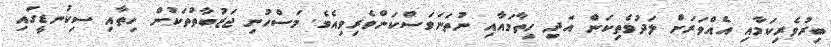
ބިރުވެރިކަމާއި އެއްވަރަށް ލަދުވެތިކަން އަދި ހިތާމައާއި ނުތަނަވަސްކަންވެރިވިއެވެ. މަސްހުނި ޖަޒުބާތުތަކުން ހިތާއި ސިކުނޑީގައި